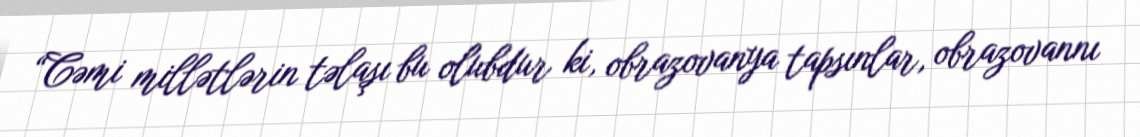
“Cəmi millətlərin təlaşı bu olubdur ki, obrazovanya tapsınlar, obrazovannı